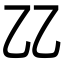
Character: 𠃐